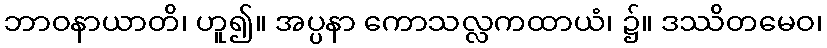
ဘာဝနာယာတိ၊ ဟူ၍။ အပ္ပနာ ကောသလ္လကထာယံ၊ ၌။ ဒဿိတမေဝ၊